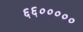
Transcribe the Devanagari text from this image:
६६०००००